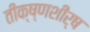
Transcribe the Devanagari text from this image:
तीक्ष्णशीर्ष